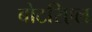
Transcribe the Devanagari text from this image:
बोटरिएल